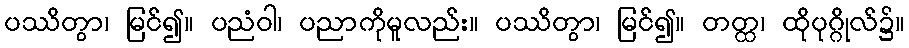
ပဿိတွာ၊ မြင်၍။ ပညံဝါ၊ ပညာကိုမူလည်း။ ပဿိတွာ၊ မြင်၍။ တတ္ထ၊ ထိုပုဂ္ဂိုလ်၌။